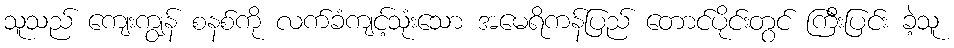
သူသည် ကျေးကျွန် စနစ်ကို လက်ခံကျင့်သုံးသော အမေရိကန်ပြည် တောင်ပိုင်းတွင် ကြီးပြင်း ခဲ့သူ